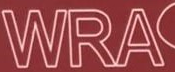
WRA